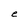
Character: e